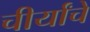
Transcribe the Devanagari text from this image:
चीर्यांचे